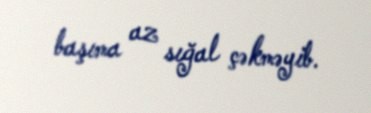
başıma az sığal çəkməyib.